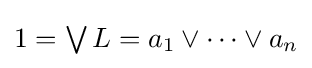
{\textstyle 1=\bigvee L=a_{1}\lor \cdots \lor a_{n}}